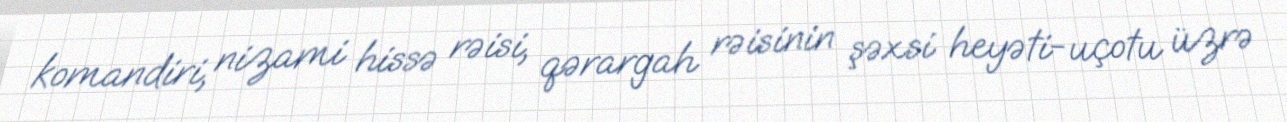
komandiri, nizami hissə rəisi, qərargah rəisinin şəxsi heyəti-uçotu üzrə